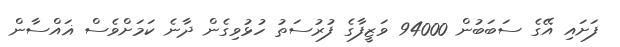
ފަށައި އޭގެ ސަބަބުން 94000 ވަޒީފާގެ ފުރުސަތު ހުޅުވިގެން ދާނެ ކަމަށްވެސް ޣައްސާން